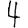
Digit: 4